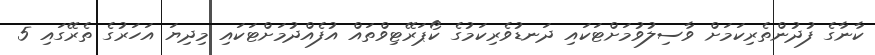
ކާނާގެ ފުދުންތެރިކަމަށް ވާސިލުވުމަށްޓަކައި ދަނޑުވެރިކަމުގެ ކޯޕަރޭޓިވްތައް އުފެއްދުމަށްޓަކައި މިދިޔަ އަހަރުގެ ތެރޭގައި 5